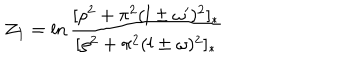
{ \cal Z } _ { 1 } = \ln \frac { [ \rho ^ { 2 } + \pi ^ { 2 } ( l \pm \omega ^ { \prime } ) ^ { 2 } ] _ { * } } { [ \rho ^ { 2 } + \pi ^ { 2 } ( l \pm \omega ) ^ { 2 } ] _ { * } }